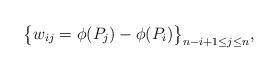
LaTeX: \begin{align*}\big\{w_{ij}=\phi(P_j)-\phi(P_i)\big\}_{n-i+1\leq j\leq n},\end{align*}